Leaving Certificate Examination, 1906
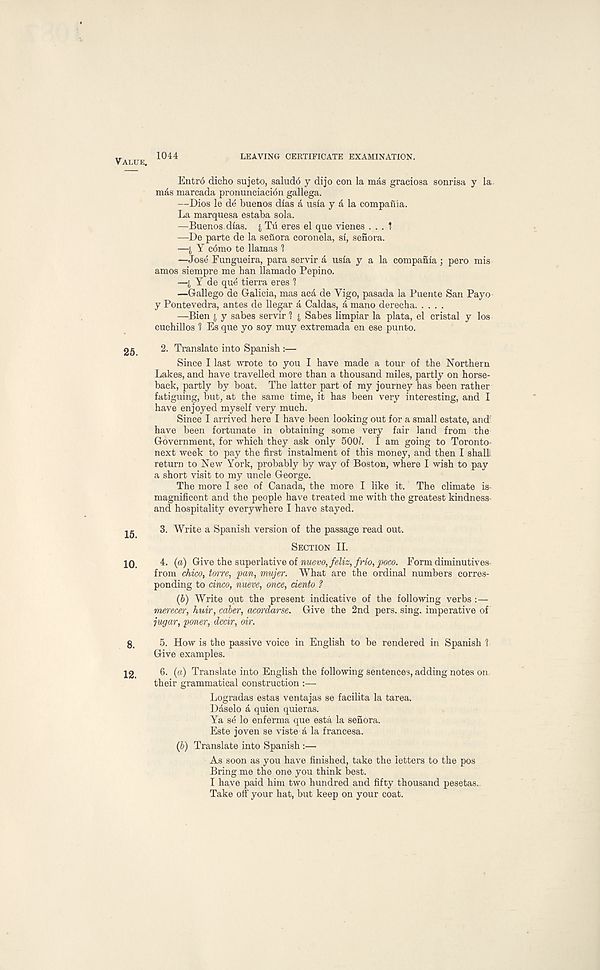
Value.
25.
15.
10.
8.
12.
1044
LEAVING CERTIFICATE EXAMINATION.
Entro dicho sujeto, saludo y dijo con la mas graciosa sonrisa y la.
mas marcada pronunciaci6n gallega.
—Dios le de buenos dias a usia y a la compania.
La marquesa estaba sola.
—Buenos dias. £ Tu eres el que vienes . . . ?
—De parte de la seflora coronela, si, senora.
—i Y c6mo te llamas 1
—Jose Fungueira, para servir a usia y a la compania; pero mis
amos siempre me ban llamado Pepino.
—I Y de que tierra eres 1
—Gallego de Galicia, mas aca de Vigo, pasada la Puente San Payo
y Pontevedra, antes de llegar a Caldas, a mano derecha
—Bien j y sabes servir? j Sabes limpiar la plata, el cristal y los
cuchillos 1 Es que yo soy muy extremada en ese punto.
2. Translate into Spanish :—
Since I last wrote to you I have made a tour of the Northern
Lakes, and have travelled more than a thousand miles, partly on horse-
back, partly by boat. The latter part of my journey has been rather
fatiguing, but, at the same time, it has been very interesting, and I
have enjoyed myself very much.
Since I arrived here I have been looking out for a small estate, and
have been fortunate in obtaining some very fair land from the
Government, for which they ask only 5001. I am going to Toronto-
next week to pay the first instalment of this money, and then I shall
return to New York, probably by way of Boston, where I wish to pay
a short visit to my uncle George.
The more I see of Canada, the more I like it. The climate is-
magnificent and the people have treated me with the greatest kindness
and hospitality everywhere I have stayed.
3. Write a Spanish version of the passage read out.
Section II.
4. (a) Give the superlative of nuevo,feliz, frlo, poco. Form diminutives
from chico, torre, pan, mujer. What are the ordinal numbers corres-
ponding to cinco, nueve, once, ciento ?
(6) Write out the present indicative of the following verbs :—
merecer, huir, caber, acordarse. Give the 2nd pers. sing, imperative of
jugar, poner, dccir, air.
5. How is the passive voice in English to be rendered in Spanish \
Give examples.
6. (a) Translate into English the following sentences, adding notes on.
their grammatical construction :—
Logradas estas ventajas se facilita la tarea.
Daselo a quien quieras.
Ya se lo enferma que esta la senora.
Este joven se viste a la francesa.
(6) Translate into Spanish :—
As soon as you have finished, take the letters to the pos
Bring me the one you think best.
I have paid him two hundred and fifty thousand pesetas..
Take off your hat, but keep on your coat.